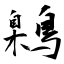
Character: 鷍